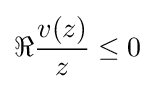
\Re {v(z) \over z}\leq 0~